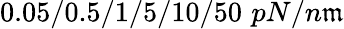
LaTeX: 0.05/0.5/1/5/10/50\, \, pN/n\mathfrak{m}